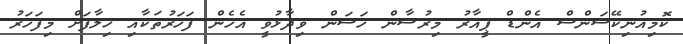
ކޮމިއުނިކޭޝަންސް އެންޑް ޕީއާރު މިރުޝާން ހަސަން ވިދާޅުވީ އެހެން ފަހަރުތަކާއި ޚިލާފަށް މިފަހަރު